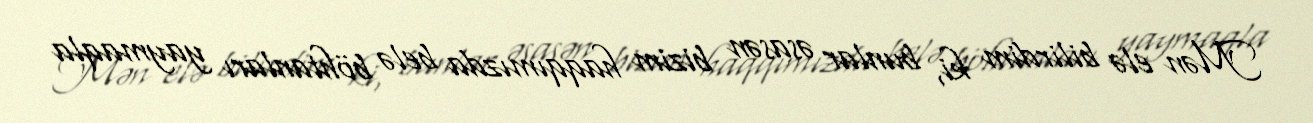
Mən elə bilirdim ki, bunlar əsasən bizim haqqımızda belə böhtanları yaymaqla